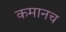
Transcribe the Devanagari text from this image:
कमानच